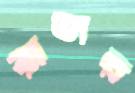
রাডার